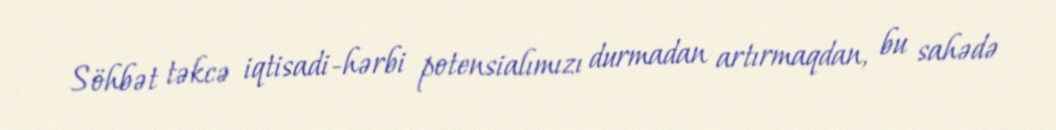
Söhbət təkcə iqtisadi-hərbi potensialımızı durmadan artırmaqdan, bu sahədə